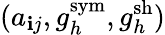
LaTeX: ({a}_{\mathbf{i}j},{g}_{h}^{\mathrm{{sym}}},{g}_{h}^{\mathrm{{sh}}})